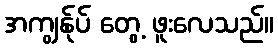
အကျွန်ုပ် တွေ့ ဖူးလေသည်။